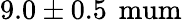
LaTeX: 9.0\pm 0.5\, \mathrm{{\ mum}}